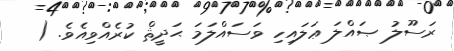
ރަސޫލު ޞައްލަ ޢަލައިހި ވަސައްލަމަ ޙަދީޘް ކުރެއްވިއެވެ. (